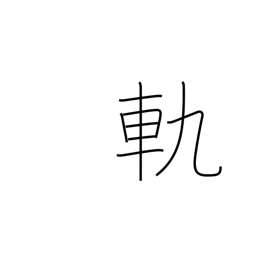
Meaning: rut